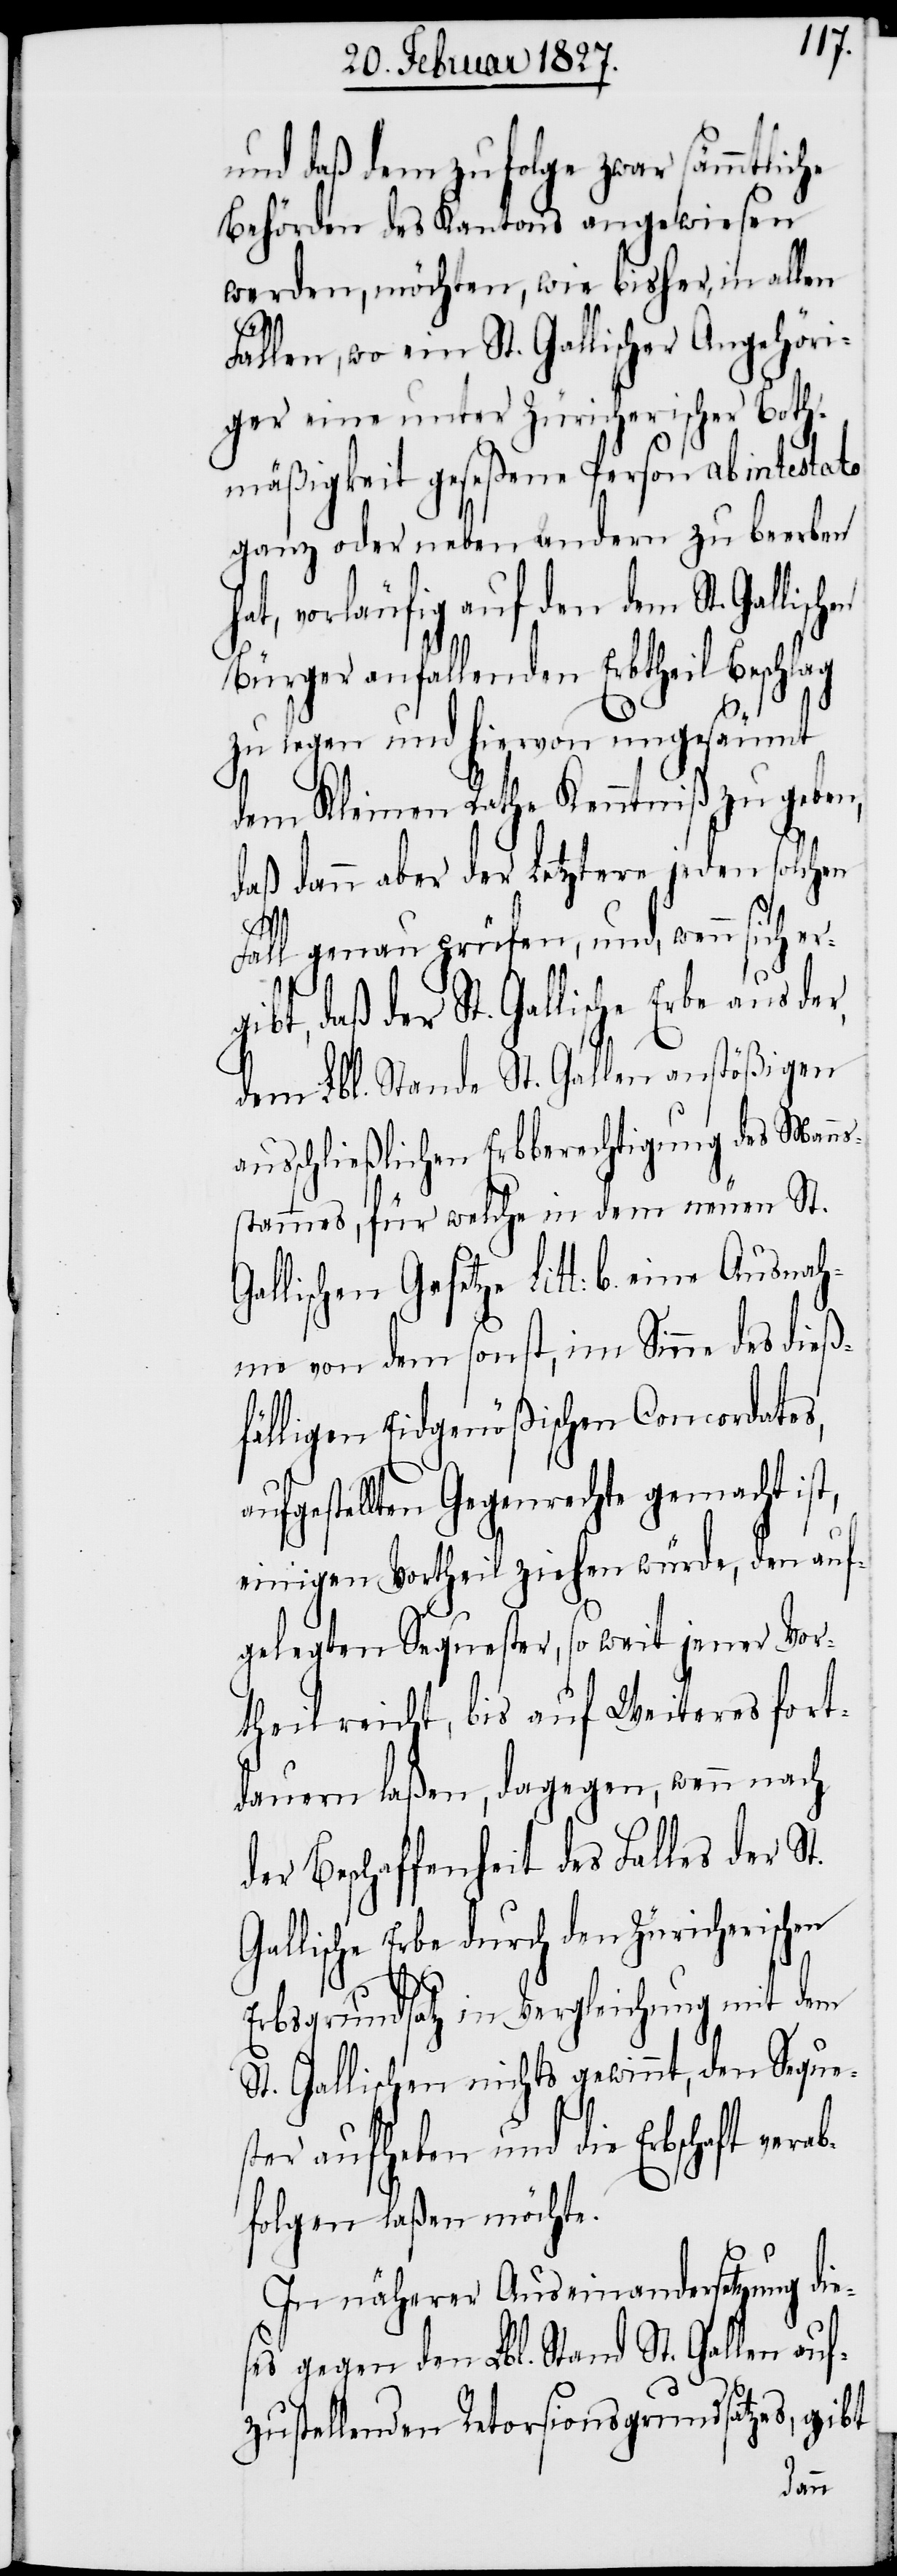
und daß dem zufolge zwar sämmtliche
Behörden des Kantons angewiesen
werden, möchten, wie bisher, in allen
ab¬
Fällen, wo ein St. Gallischer Angehöri¬
ger eine unter Zürcherischer Both¬
mäßigkeit geseßene Person ab intestate
ganz oder neben andern zu beerben
hat, vorläufig auf den dem St. Gallisc¬
Bürger anfallenden Erbtheil
zu legen und hiervon ungesäumt
dem Kleinen Rathe Kenntniß zu geben,
daß dann aber der Letztere jeden solchen
Fall genau prüfen, und, wenn sich er¬
gibt, daß der St. Gallische Erbe
dem Lbl. Stande St. Gallen anstößigen
ausschließlichen Erbberechtigung des Manns¬
stammes, für welche in dem neuen St.
Gallischen Gesetze Litt: b. eine Ausna¬
hme von dem sonst, im Sinne des dieß¬
fälligen Eidgenößischen Concordates,
ufgestellten Gegenrechte gemacht ist,
einigen Vortheil ziehen würde, den auf¬
gelegten Sequester, so weit jener Vor¬
theil reicht, bis auf Weiteres fort¬
dauern laßen, dagegen, wenn nach
der Beschaffenheit des Falles der St.
Gallische Erbe durch den Züricherischen
Erbsgrundsatz in Vergleichung mit dem
St. Gallischen nichts gewinnt, den Seque¬
ster aufheben und die Erbschaft ver¬
folgen laßen möchte.
In näherer Auseinandersetzung die¬
ses gegen den Lbl. Stand St. Gallen auf¬
zustellenden Retorsionsgrundsatzes, gibt
a¬